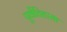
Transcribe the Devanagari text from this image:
पुर्वेतिहासा